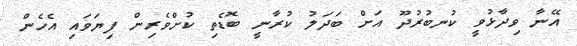
އޭނާ ވިދާޅުވީ ކުނބުރުދޫ އަށް ބަދަލު ކުރާނީ ބޮޑެތި ކުށްވެރިން ފިޔަަވައި އެހެން